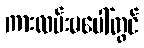
ကားလမ်းမပေါ်တွင်